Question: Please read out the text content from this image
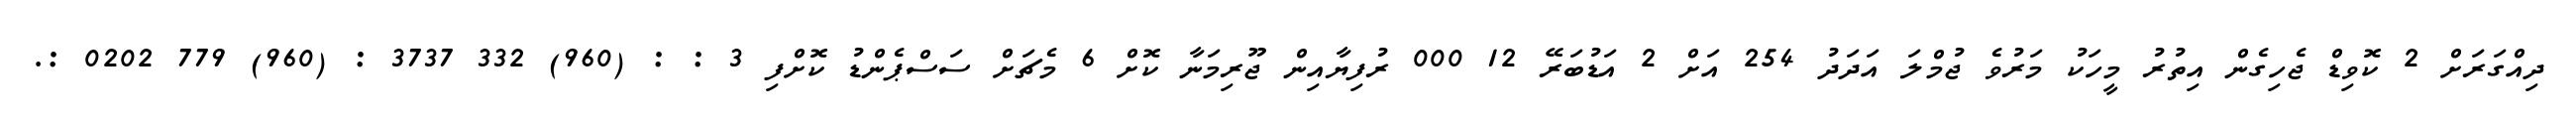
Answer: ދިއްގަރަށް 2 ކޮވިޑް ޖެހިގެން އިތުރު މީހަކު މަރުވެ ޖުމްލަ އަދަދު 254 އަށް 2 އަޑުބަރޭ 12 000 ރުފިޔާއިން ޖޫރިމަނާ ކޮށް 6 މެޗަށް ސަސްޕެންޑު ކޮށްފި 3 : : (960) 332 3737 : (960) 779 0202 :.